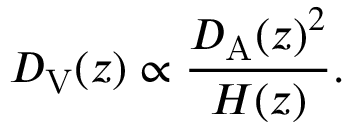
D _ { \mathrm { V } } ( z ) \propto \frac { D _ { \mathrm { A } } ( z ) ^ { 2 } } { H ( z ) } .